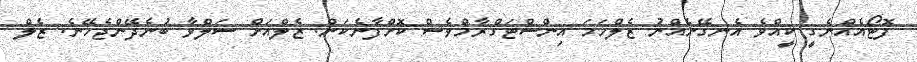
ފޮޓޯއެއްނެގީ ކީއްވެ އެނގޭނެއްނު ޒެލްހަމަ އިންސްޓަގްރާމްވެސް ކޮށްފާނެކަން. ޒެލްއަށް ސަލްވާ ބުނެދޭންޖެހޭނެ. ޒެލް